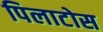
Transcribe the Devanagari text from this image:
पिलाटोस